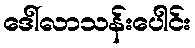
ဒေါ်လာသန်းပေါင်း